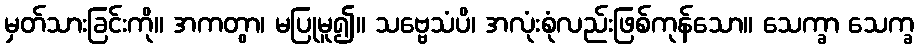
မှတ်သားခြင်းကို။ အကတွာ၊ မပြုမူ၍။ သဗ္ဗေသံပိ၊ အလုံးစုံလည်းဖြစ်ကုန်သော။ သေက္ခာ သေက္ခ